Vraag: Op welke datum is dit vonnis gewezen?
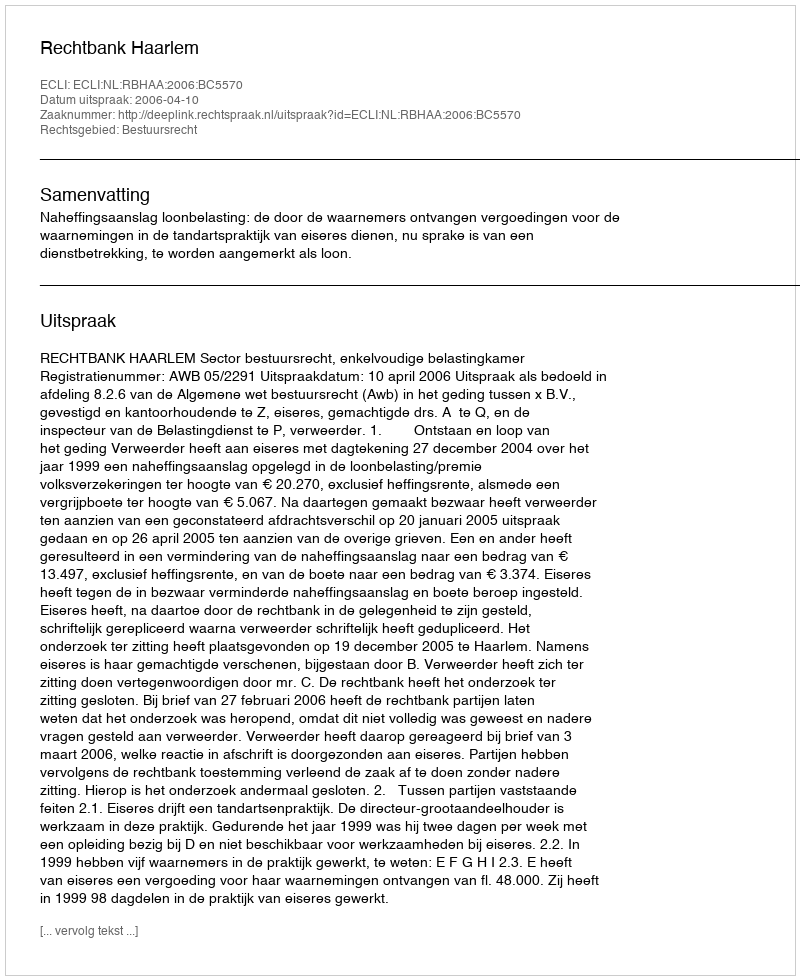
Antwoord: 2006-04-10